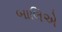
બાલિએ